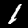
Label: 1